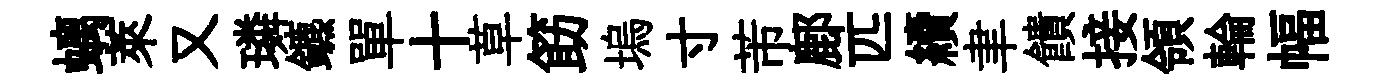
螭萊又璘鑣單十草筯塢寸芾鄜匹續聿饋接領輪幅